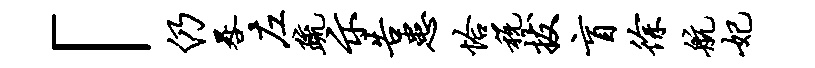
「仍晷左疏示告患恰税拔盲徐航妃